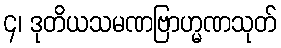
၄၊ ဒုတိယသမဏဗြာဟ္မဏသုတ်